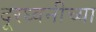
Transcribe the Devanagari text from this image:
दूरध्वनीच्या